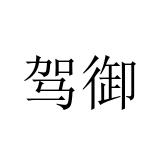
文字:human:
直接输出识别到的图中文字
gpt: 驾御